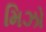
મિઝો